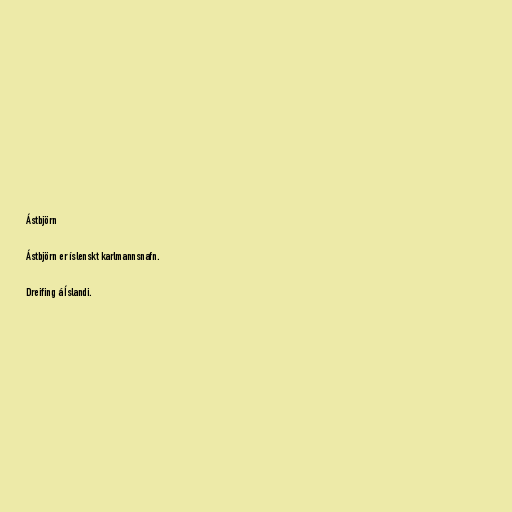
Ástbjörn

Ástbjörn er íslenskt karlmannsnafn.

Dreifing á Íslandi.